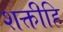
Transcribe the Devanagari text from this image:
शक्तीहि